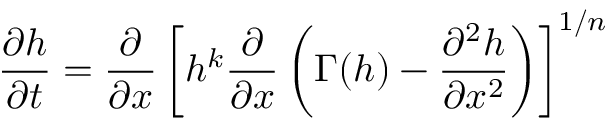
\frac { \partial h } { \partial t } = \frac { \partial } { \partial x } \left[ h ^ { k } \frac { \partial } { \partial x } \left( \Gamma ( h ) - \frac { \partial ^ { 2 } h } { \partial x ^ { 2 } } \right) \right] ^ { 1 / n }